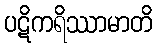
ပဋိကရိဿာမာတိ